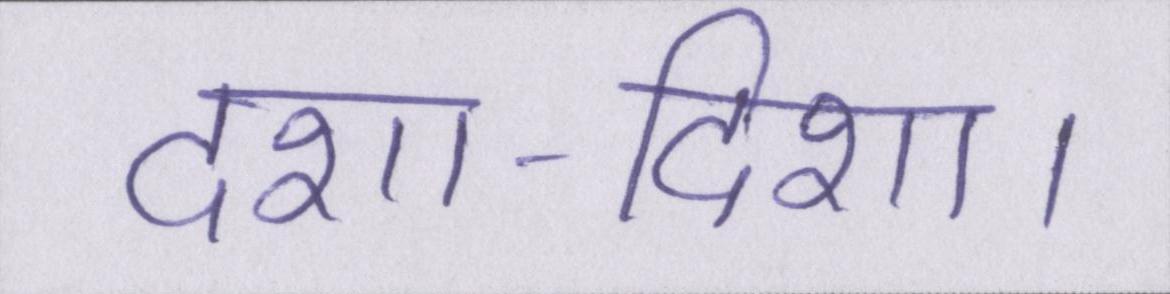
दशा-दिशा।